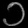
Digit: ၁